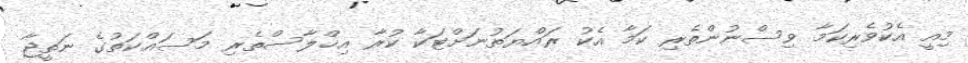
މިއީ އެކުވެރިކަމާ ވިސްނުންތެރި ކަމާ އެކު ރައްޔަތުނަށްޓަކާ ކުރާ އިޚްލާސްތެރި މަސައްކަތުގެ ނަތީޖާ